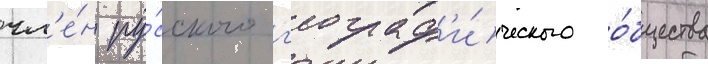
чл'е́н ру́сского г'еограф'и́ческого о́бщества